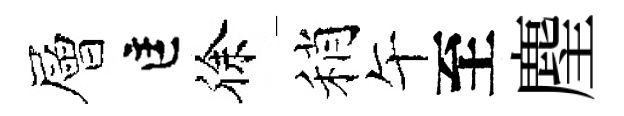
層匡徐稍午至麈